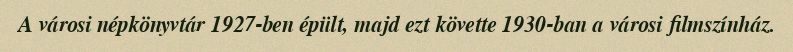
A városi népkönyvtár 1927-ben épült, majd ezt követte 1930-ban a városi filmszínház.